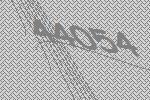
44054